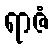
ရာဇံ